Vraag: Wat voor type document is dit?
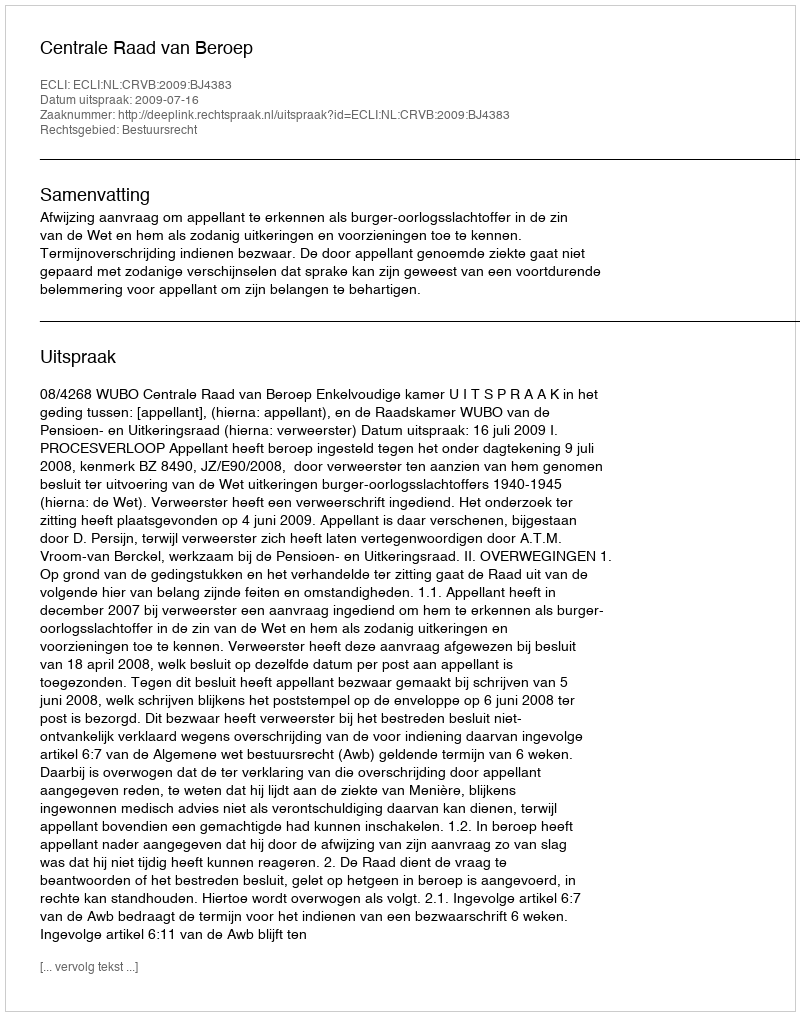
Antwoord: Uitspraak